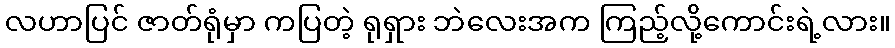
လဟာပြင် ဇာတ်ရုံမှာ ကပြတဲ့ ရုရှား ဘဲလေးအက ကြည့်လို့ကောင်းရဲ့လား။